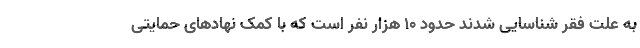
به علت فقر شناسایی شدند حدود ۱۰ هزار نفر است که با کمک نهادهای حمایتی